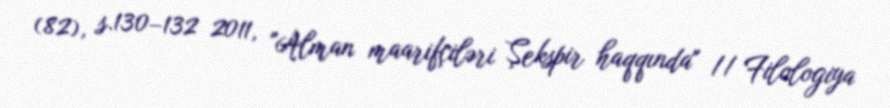
(82), s.130–132 2011, "Alman maarifçiləri Şekspir haqqında" // Filologiya